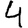
Digit: 4